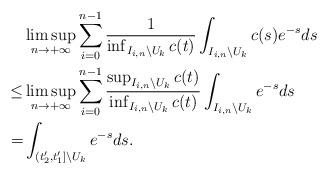
LaTeX: \begin{align*}&\limsup_{n\to+\infty}\sum_{i=0}^{n-1}\frac{1}{\inf_{I_{i,n}\backslash U_k}c(t)}\int_{I_{i,n}\backslash U_k}c(s)e^{-s}ds \\\le&\limsup_{n\to+\infty}\sum_{i=0}^{n-1}\frac{\sup_{I_{i,n}\backslash U_k}c(t)}{\inf_{I_{i,n}\backslash U_k}c(t)}\int_{I_{i,n}\backslash U_k}e^{-s}ds\\=&\int_{(t'_2,t'_1]\backslash U_k}e^{-s}ds.\end{align*}